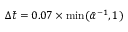
\Delta \bar { t } = 0 . 0 7 \times \operatorname* { m i n } ( \bar { \alpha } ^ { - 1 } , 1 )